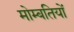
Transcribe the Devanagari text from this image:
मोम्बतियों